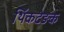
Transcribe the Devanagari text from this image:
थिंकटेङक